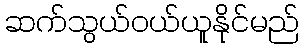
ဆက်သွယ်ဝယ်ယူနိုင်မည်